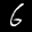
Label: 6